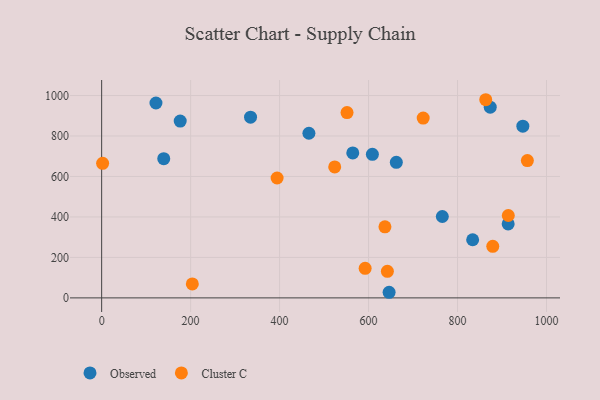
{"axis": {"x": "Distance", "y": "Salary"}, "legend": ["Cluster C", "Observed"], "data": [{"x": "765.8", "y": 402.2, "type": "Observed"}, {"x": "465.9", "y": 813.5, "type": "Observed"}, {"x": "873.5", "y": 942.5, "type": "Observed"}, {"x": "608.6", "y": 709.4, "type": "Observed"}, {"x": "913.8", "y": 365.3, "type": "Observed"}, {"x": "646.2", "y": 27.7, "type": "Observed"}, {"x": "946.8", "y": 848.7, "type": "Observed"}, {"x": "834.0", "y": 287.3, "type": "Observed"}, {"x": "662.4", "y": 669.8, "type": "Observed"}, {"x": "122.1", "y": 962.9, "type": "Observed"}, {"x": "176.6", "y": 873.6, "type": "Observed"}, {"x": "139.6", "y": 687.8, "type": "Observed"}, {"x": "334.7", "y": 893.1, "type": "Observed"}, {"x": "564.5", "y": 716.5, "type": "Observed"}, {"x": "879.2", "y": 254.8, "type": "Cluster C"}, {"x": "523.9", "y": 647.3, "type": "Cluster C"}, {"x": "2.2", "y": 664.9, "type": "Cluster C"}, {"x": "642.3", "y": 131.4, "type": "Cluster C"}, {"x": "203.8", "y": 68.9, "type": "Cluster C"}, {"x": "863.4", "y": 979.2, "type": "Cluster C"}, {"x": "551.6", "y": 915.8, "type": "Cluster C"}, {"x": "592.3", "y": 145.9, "type": "Cluster C"}, {"x": "722.8", "y": 888.5, "type": "Cluster C"}, {"x": "394.4", "y": 592.5, "type": "Cluster C"}, {"x": "636.8", "y": 351.2, "type": "Cluster C"}, {"x": "914.1", "y": 407.2, "type": "Cluster C"}, {"x": "957.0", "y": 678.4, "type": "Cluster C"}]}